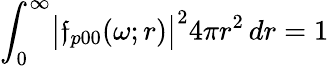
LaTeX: \int_{0}^{\infty}\bigl|\mathfrak{f}_{p00}(\omega;r)\bigr|^{2}4\pi r^{2}\, dr=1